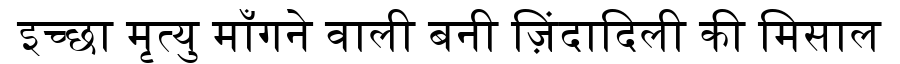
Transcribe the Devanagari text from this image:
इच्छा मृत्यु माँगने वाली बनी ज़िंदादिली की मिसाल